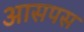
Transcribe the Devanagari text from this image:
आसपस